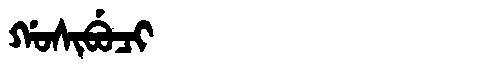
Manchu: ᡤᠣᠰᡳᠪᡠᠴᡳ
Romanization: GOSIBUCI